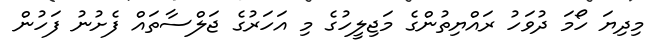
މިދިޔަ ހޯމަ ދުވަހު ރައްޔިތުންގެ މަޖިލީހުގެ މި އަހަރުގެ ޖަލްސާތައް ފެށުނު ފަހުން